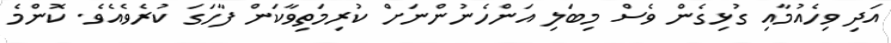
އަދި ވިހެއުމާއި ގުޅިގެން ވެސް މިބަލި އަންހެނުންނަށް ކުރިމަތިވާކަން ފާހަގަ ކުރެވެއެވެ. ކޮންމެ